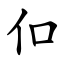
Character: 㐰